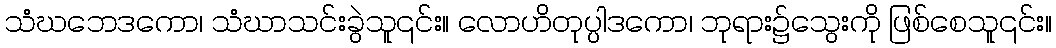
သံဃဘေဒကော၊ သံဃာသင်းခွဲသူ၎င်း။ လောဟိတုပ္ပါဒကော၊ ဘုရား၌သွေးကို ဖြစ်စေသူ၎င်း။